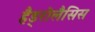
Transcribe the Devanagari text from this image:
हैड्रोलैसिस